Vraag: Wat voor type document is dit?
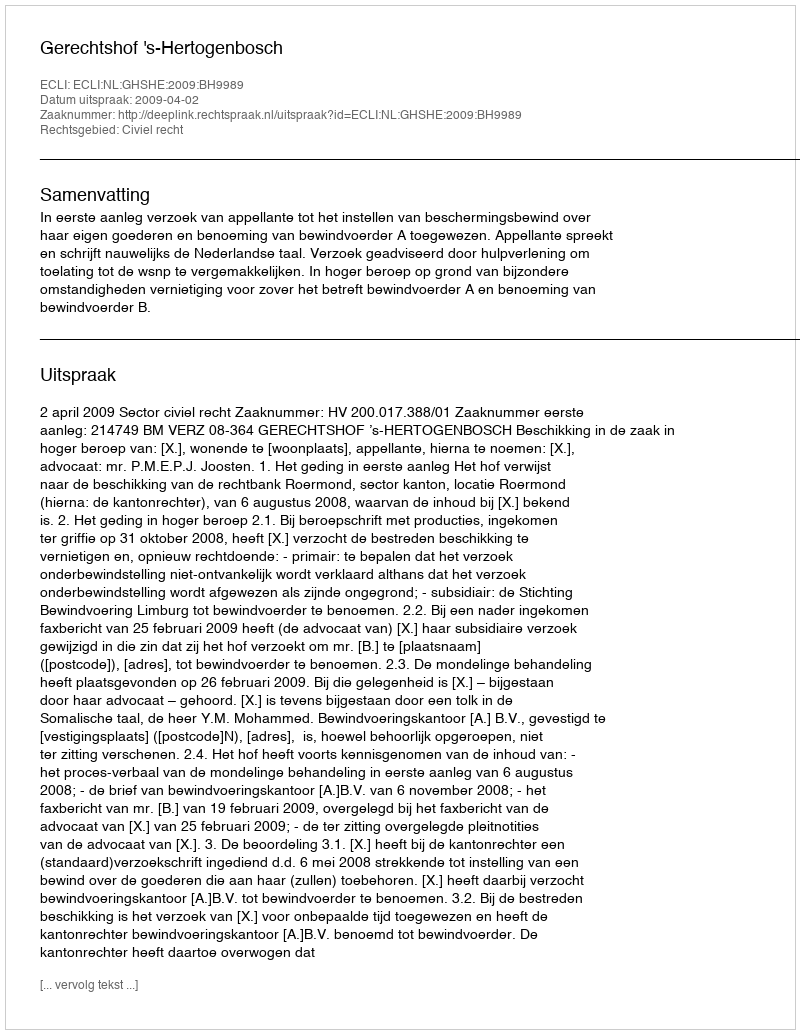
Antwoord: Uitspraak